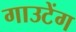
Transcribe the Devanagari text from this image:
गाउटेंग